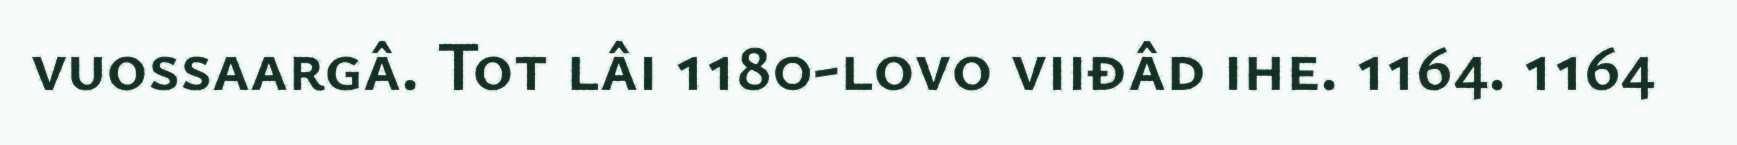
vuossaargâ. Tot lâi 1180-lovo viiđâd ihe. 1164. 1164